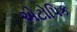
એટોપિક